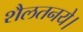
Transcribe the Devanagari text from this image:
शैलतनये।